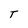
Character: T